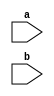
`timescale 1ns / 1ps
//////////////////////////////////////////////////////////////////////////////////
// Company: 
// Engineer: 
// 
// Design Name: 
// Module Name: Adders_tb
// Project Name: 
// Target Devices: 
// Tool Versions: 
// Description: 
// 
// Dependencies: 
// 
// Revision:
// Revision 0.01 - File Created
// Additional Comments:
// 
//////////////////////////////////////////////////////////////////////////////////


module Adders_tb(
    input a,
    input b
    );
endmodule